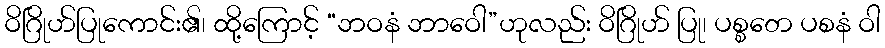
ဝိဂြိုဟ်ပြုကောင်း၏၊ ထို့ကြောင့် “ဘဝနံ ဘာဝေါ”ဟုလည်း ဝိဂြိုဟ် ပြု၊ ပစ္စတေ ပစနံ ဝါ